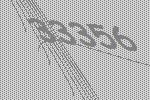
33356